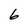
Character: 6